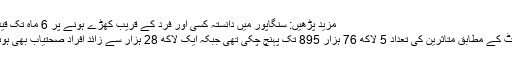
مزید پڑھیں: سنگاپور میں دانستہ کسی اور فرد کے قریب کھڑے ہونے پر 6 ماہ تک قید کی سزا
ویب سائٹ کے مطابق متاثرین کی تعداد 5 لاکھ 76 ہزار 895 تک پہنچ چکی تھی جبکہ ایک لاکھ 28 ہزار سے زائد افراد صحتیاب بھی ہوئے تھے۔